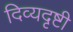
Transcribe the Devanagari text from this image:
दिव्यदृष्टी